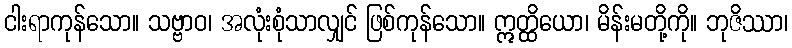
ငါးရာကုန်သော။ သဗ္ဗာဝ၊ အလုံးစုံသာလျှင် ဖြစ်ကုန်သော။ ဣတ္ထိယော၊ မိန်းမတို့ကို။ ဘုဇိဿာ၊